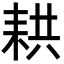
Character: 𦓳